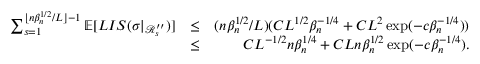
\begin{array} { r l r } { \sum _ { s = 1 } ^ { \lfloor n \beta _ { n } ^ { 1 \slash 2 } \slash L \rfloor - 1 } \mathbb { E } [ L I S ( \sigma | _ { \mathcal { R } _ { s } ^ { \prime \prime } } ) ] } & { \leq } & { ( n \beta _ { n } ^ { 1 \slash 2 } \slash L ) ( C L ^ { 1 \slash 2 } \beta _ { n } ^ { - 1 \slash 4 } + C L ^ { 2 } \exp ( - c \beta _ { n } ^ { - 1 \slash 4 } ) ) } \\ & { \leq } & { C L ^ { - 1 \slash 2 } n \beta _ { n } ^ { 1 \slash 4 } + C L n \beta _ { n } ^ { 1 \slash 2 } \exp ( - c \beta _ { n } ^ { - 1 \slash 4 } ) . } \end{array}